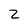
Character: Z